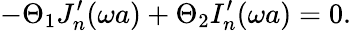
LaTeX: -\Theta_{1}J_{n}^{\prime}(\omega a)+\Theta_{2}I_{n}^{\prime}(\omega a)=0.